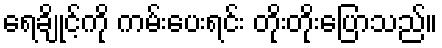
ရေချိုင့်ကို ကမ်းပေးရင်း တိုးတိုးပြောသည်။